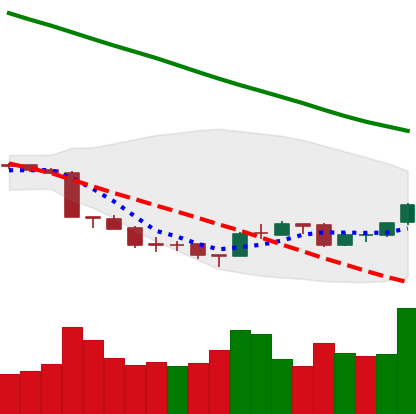
Ticker: ETH-USD
Chart end date: 2018-09-21
Forward return: -12.465%
Label: down_7plus